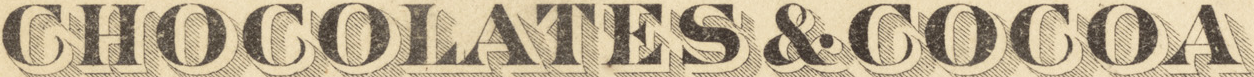
CHOCOLATES&COCOA